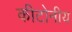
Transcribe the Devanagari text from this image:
कीटोनीय